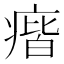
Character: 㾬